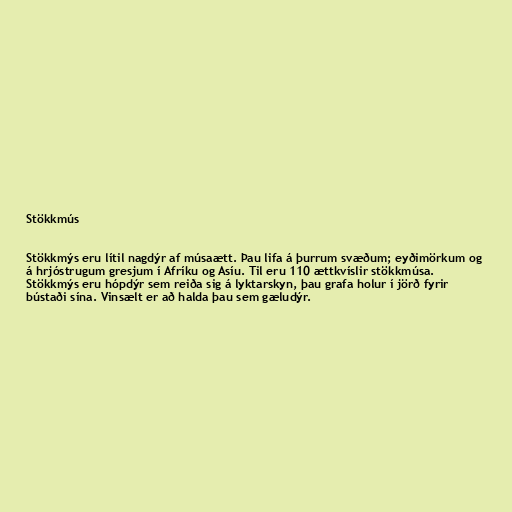
Stökkmús

Stökkmýs eru lítil nagdýr af músaætt. Þau lifa á þurrum svæðum; eyðimörkum og
á hrjóstrugum gresjum í Afríku og Asíu. Til eru 110 ættkvíslir stökkmúsa.
Stökkmýs eru hópdýr sem reiða sig á lyktarskyn, þau grafa holur í jörð fyrir
bústaði sína. Vinsælt er að halda þau sem gæludýr.